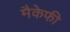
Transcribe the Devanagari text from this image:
मैकेफी